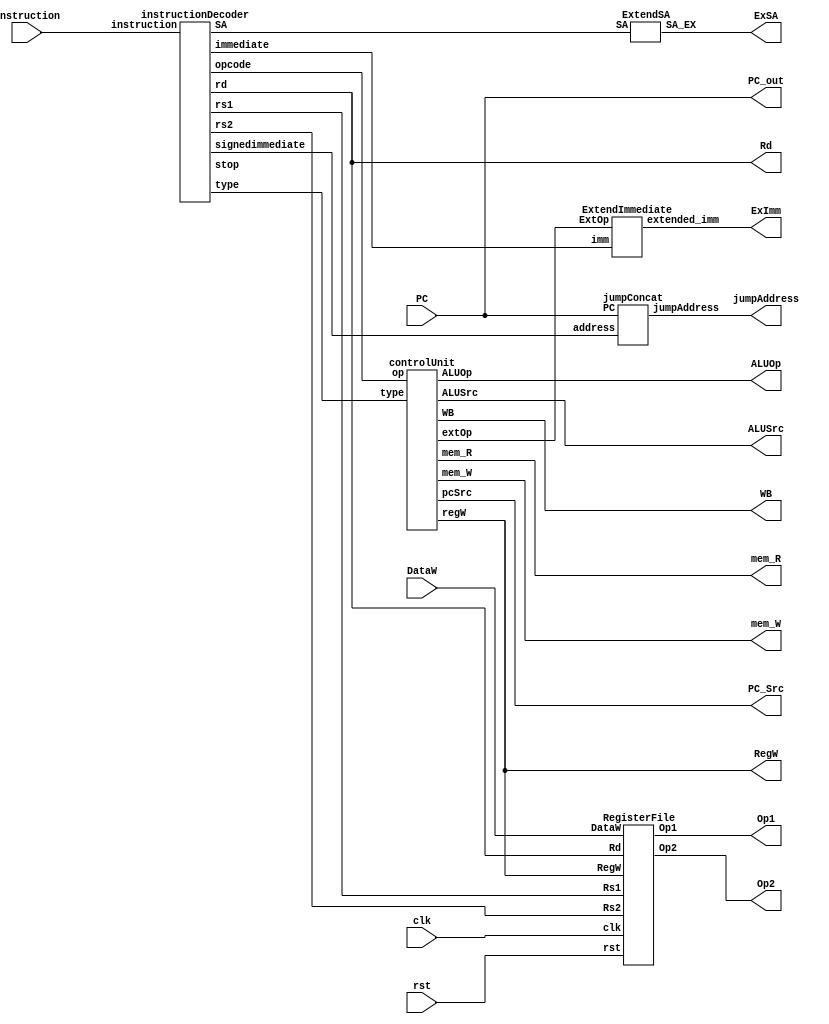
module decodeCycle(
    input clk,
    input rst,
    input [31:0] Instruction,
    input [31:0] PC,
    input [31:0] DataW,
    output [31:0] PC_out,
    output [31:0] ExImm,
    output [31:0] Op1,
    output [31:0] Op2,
    output [31:0] ExSA,
    output [4:0] Rd,
    output [1:0] ALUSrc,
    output [3:0] ALUOp,
    output mem_R,
    output mem_W,
    output WB,
    output RegW,
    output [1:0] PC_Src,
    output [31:0] jumpAddress
);
  wire [13:0] immediate;
  wire [23:0] signedimmediate;
  wire [4:0] opcode, Rs1, Rs2, SA;
  wire [1:0] type;
  wire stop;

  wire extOp;

  reg [31:0] PC_Reg, ExImm_Reg, Op1_Reg, Op2_Reg, ExSA_Reg;
  reg [4:0] Rd1;
  reg [3:0] ALUOp_Reg;
  reg [1:0] Pc_Src_Reg,ALUSrc_Reg;
  reg mem_R_Reg, mem_W_Reg, WB_Reg, RegW_Reg;

  assign PC_out = PC;

  instructionDecoder id(.instruction(Instruction),.opcode(opcode),.rs1(Rs1),.rs2(Rs2),.rd(Rd),.immediate(immediate),.type(type),.stop(stop),.signedimmediate(signedimmediate),.SA(SA));
  controlUnit CU(.op(opcode),.type(type),.extOp(extOp),.ALUSrc(ALUSrc),.regW(RegW),.mem_R(mem_R),.mem_W(mem_W),.WB(WB),.pcSrc(PC_Src),.ALUOp(ALUOp));
  RegisterFile rf(.clk(clk),.rst(rst),.Rs1(Rs1),.Rs2(Rs2),.Rd(Rd),.RegW(RegW),.DataW(DataW),.Op1(Op1),.Op2(Op2));
  jumpConcat jC(.address(signedimmediate),.PC(PC),.jumpAddress(jumpAddress));
  ExtendImmediate eI(.imm(immediate),.ExtOp(extOp),.extended_imm(ExImm));
  ExtendSA eS(.SA(SA),.SA_EX(ExSA));

  always @(posedge clk or negedge rst) begin
      if(rst == 1'b0) begin
        PC_Reg <= 32'h00000000;
        ExImm_Reg <= 32'h00000000;
        Op1_Reg <= 32'h00000000;
        Op2_Reg <= 32'h00000000;
        ExSA_Reg <= 32'h00000000;
        Rd1 <= 5'b00000;
        ALUSrc_Reg <= 2'b00;
        ALUOp_Reg <= 4'b0000;
        mem_R_Reg <= 1'b0;
        mem_W_Reg <= 1'b0;
        WB_Reg <= 1'b0;
        RegW_Reg <= 1'b0;
        Pc_Src_Reg <= 2'b00;
      end
      else begin
        PC_Reg <= PC_out;
        ExImm_Reg <= ExImm;
        Op1_Reg <= Op1;
        Op2_Reg <= Op2;
        ExSA_Reg <= ExSA;
        Rd1 <= Rd;
        ALUSrc_Reg <= ALUSrc;
        ALUOp_Reg <= ALUOp;
        mem_R_Reg <= mem_R;
        mem_W_Reg <= mem_W;
        WB_Reg <= WB;
        RegW_Reg <= RegW;
        Pc_Src_Reg <= PC_Src;
      end
  end 

endmodule

module instructionDecoder(
  input [31:0] instruction,
  output reg [4:0] opcode,
  output reg [4:0] rs1,
  output reg [4:0] rs2,
  output reg [4:0] rd,
  output reg [13:0] immediate,
  output reg [1:0] type,
  output reg stop,
  output reg [23:0] signedimmediate,
  output reg [4:0] SA
);
  always @* begin
    opcode = instruction[4:0];
    stop = instruction[31];
    
    case (instruction[30:29])
      2'b00: begin // R-Type
        type = 2'b00;
        rs1 = instruction[19:15];
        rs2 = instruction[24:20];
        rd = instruction[11:7];
        // unused = instruction[6:0]
      end
      2'b01: begin // J-Type
        type = 2'b01;
        signedimmediate = {instruction[28], instruction[25:0], 2'b00};
      end
      2'b10: begin // I-Type
        type = 2'b10;
        rs1 = instruction[19:15];
        rd = instruction[24:20];
        immediate = instruction[24:9];
      end
      2'b11: begin // S-Type
        type = 2'b11;
        rs1 = instruction[19:15];
        rs2 = instruction[24:20];
        SA = instruction[11:7];
        // unused = instruction[6:0]
      end
    endcase
  end
endmodule


module RegisterFile(
  input clk,
  input rst,
  input [4:0] Rs1,
  input [4:0] Rs2,
  input [4:0] Rd,
  input RegW,
  input [31:0] DataW,
  output [31:0] Op1,
  output [31:0] Op2
);

  reg [31:0] Register[31:0];

  always @(posedge clk)
  begin
      if(RegW && ( Rd != 5'h00))
        Register[Rd] <= DataW;
  end

  assign Op1 = (rst == 1'b0) ? 32'b0 : Register[Rs1];
  assign Op2 = (rst == 1'b0) ? 32'b0 : Register[Rs2];

  initial begin 
      Register[0] = 32'h00000011;
  end
endmodule

module jumpConcat(
  input [23:0] address,
  input [31:0] PC,
  output [31:0] jumpAddress
);
  assign jumpAddress = {PC[31:24],address};

endmodule

module ExtendSA(
    input [4:0] SA,
    output [31:0] SA_EX
);
    assign SA_EX = {{27{1'b0}}, SA};
endmodule

module ExtendImmediate(
    input [13:0] imm,
    input ExtOp,
    output [31:0] extended_imm
);
    assign extended_imm = (ExtOp == 1'b1) ? {{18{imm[13]}}, imm} : {18'b0, imm};
endmodule


module controlUnit(
    input [4:0] op,
    input [1:0] type,
    output extOp,
    output [1:0] ALUSrc,
    output regW,
    output mem_R,
    output mem_W,
    output WB,
    output [1:0] pcSrc,
    output [3:0] ALUOp
);

  mainController mc(.op(op),.type(type),.extOp(extOp),.ALUSrc(ALUSrc),.regW(regW),.mem_R(mem_R),.mem_W(mem_W),.WB(WB),.pcSrc(pcSrc));
  ALUController ALUc(.op(op),.type(type), .ALUOp(ALUOp));

endmodule

module mainController(
    input [4:0] op,
    input [1:0] type,
    output extOp,
    output [1:0] ALUSrc,
    output regW,
    output mem_R,
    output mem_W,
    output WB,
    output [1:0] pcSrc
);
    assign pcSrc =  (type == 2'b01) ? 2'b10:
                    ((type == 2'b10) && (op == 5'b00100)) ? 2'b11:
                                      2'b01;
    
    assign extOp = ((type == 2'b10) && ((op == 5'b00001) ||(op == 5'b00010) || (op == 5'b00011))) ? 1'b1:
                                      1'b0;
    assign ALUSrc = (type == 2'b00) ? 2'b00:
                    (type == 2'b10) ? 2'b01:
                    ((type == 2'b11) && ((op == 5'b00010) || (op == 5'b00011))) ? 2'b10:
                                    2'b11;
    assign mem_W = ((type == 2'b10) && (op == 5'b00011)) ? 1'b1:
                                    1'b0;
    assign mem_R = ((type == 2'b10) && (op == 5'b00010)) ? 1'b1:
                                    1'b0;
    assign WB = ((type == 2'b10) && (op == 5'b00010)) ? 1'b1:
                                    1'b0;
    assign regW = ((type == 2'b10) && ((op == 5'b00011) || (op == 5'b00100))) ? 1'b0:
                  ((type == 2'b01) && ((op == 5'b00000) || (op == 5'b00001))) ? 1'b0:
                  1'b1;                

endmodule


module ALUController(
    input [4:0] op,
    input [1:0] type,
    output [3:0] ALUOp
);
    assign ALUOp = (type == 2'b00) ? (
        (op == 5'b00000) ? 4'b0000 :
        (op == 5'b00001) ? 4'b0001 :
        (op == 5'b00010) ? 4'b0010 :
        (op == 5'b00011) ? 4'b0011 :
        4'b1111
    ) : (type == 2'b10) ? (
        (op == 5'b00000) ? 4'b0100 :
        (op == 5'b00001) ? 4'b0101 :
        (op == 5'b00010) ? 4'b0110 :
        (op == 5'b00011) ? 4'b0111 :
        (op == 5'b00100) ? 4'b1000 :
        4'b1111
    ) : (type == 2'b01) ? (
        (op == 5'b00000) ? 4'b1001 :
        (op == 5'b00001) ? 4'b1010 :
        4'b1111
    ) : (type == 2'b11) ? (
        (op == 5'b00000) ? 4'b1011 :
        (op == 5'b00001) ? 4'b1100 :
        (op == 5'b00010) ? 4'b1101 :
        (op == 5'b00011) ? 4'b1110 :
        4'b1111
    ) : 4'b1111;
endmodule